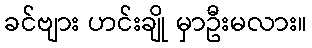
ခင်ဗျား ဟင်းချို မှာဦးမလား။